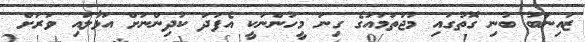
ޒައިނަބު ބުނި ގޮތުގައި މުޖުތަމައުގެ ގިނަ މީހުންނަކީ އެފަދަ ކުދިންނަށް އަޅާލައި ވަރަށް